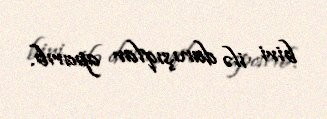
biri ilə danışıqlar aparıb.